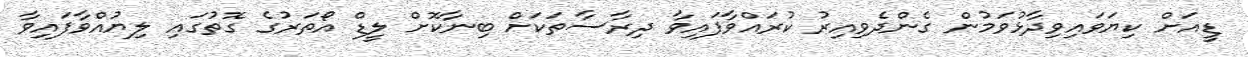
ޑީއަށް ކިޔަވައިވިދާޅުވަމުން ގެންދެވިއިރު ކުރައްވާފައިވާ ދިރާސާތަކަށް ބިނާކޮށް ލީޑް އޯތަރުގެ ގޮތުގައި ލިޔުއްވާފައިވާ